Report of the Municipal Commissioner on the plague in Bombay for the year ending 31st May... - Volume 1
Disease focus: Plague
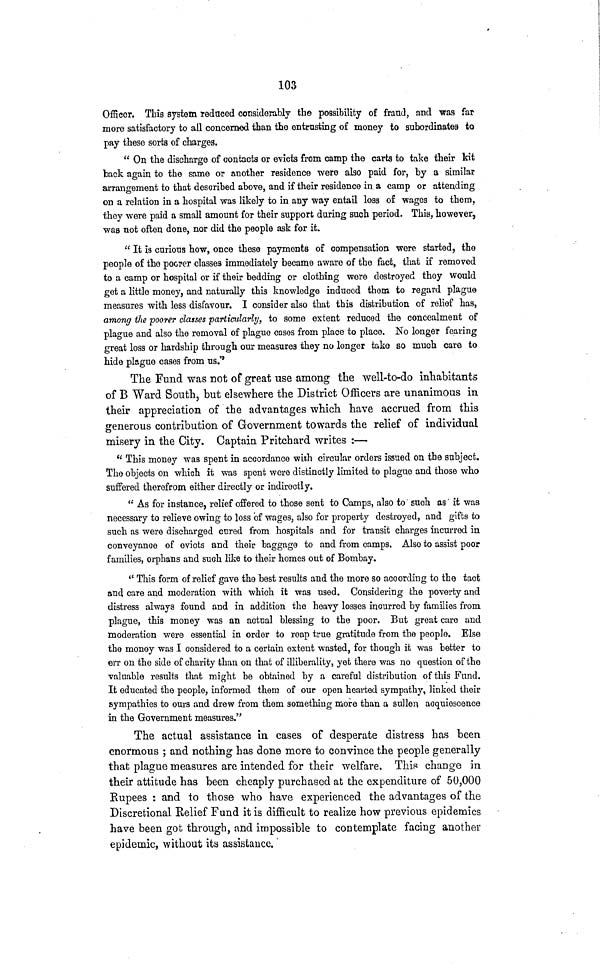
103
Officer. This system reduced considerably the possibility of fraud, and was far
more satisfactory to all concerned than the entrusting of money to subordinates to
pay these sorts of charges.
" On the discharge of contacts or evicts from camp the carts to take their kit
tack again to the same or another residence were also paid for, by a similar
arrangement to that described above, and if their residence in a camp or attending
on a relation in a hospital was likely to in any way entail loss of wages to them,
they were paid a small amount for their support during such period. This, however,
was not often done, nor did the people ask for it.
" It is curious how, once these payments of compensation were started, the
people of the poorer classes immediately became aware of the fact, that if removed
to a camp or hospital or if their bedding or clothing were destroyed they would
get a little money, and naturally this knowledge induced them to regard plague
measures with less disfavour. I consider also that this distribution of relief has,
among the poorer classes particularly, to some extent reduced the concealment of
plague and also the removal of plague cases from place to place. No longer fearing
great loss or hardship through our measures they no longer take so much care to
hide plague cases from us.'
The Fund was not of great use among the well-to-do inhabitants
of B Ward South, but elsewhere the District Officers are unanimous in
their appreciation of the advantages which have accrued from this
generous contribution of Government towards the relief of individual
misery in the City. Captain Pritchard writes :—
" This money vras spent in accordance with circular orders issued on the subject.
The objects on which it was spent were distinctly limited to plague and those who
suffered therefrom either directly or indirectly.
" As for instance, relief offered to those sent to Camps, also to such as it was
necessary to relieve owing to loss of wages, also for property destroyed, and gifts to
such as were discharged cured from hospitals and for transit charges incurred in
conveyance of evicts and their baggage to and from camps. Also to assist poor
families, orphans and suoh like to their homes out of Bombay.
" This form of relief gave the best results and the more so according to the tact
and care and moderation with which it was used. Considering the poverty and
distress always found and in addition the heavy losses incurred by families from,
plague, this money was an actual blessing to the poor. But great care and
moderation were essential in order to reap true gratitude from the people. Else
the money was I considered to a certain extent wasted, for though it was better to
err on the side of charity than on that of illiberality, yet there was no question of the
valuable results that might be obtained by a careful distribution of this Fund.
It educated the people, informed them of our open hearted sympathy, linked their
sympathies to ours and drew from them something more than a sullen acquiescence
in the Government measures."
The actual assistance in cases of desperate distress has been
enormous ; and nothing has done more to convince the people generally
that plague measures are intended for their welfare. This change in
their attitude has been cheaply purchased at the expenditure of 50,000
Rupees : and to those who have experienced the advantages of the
Discretional Relief Fund it is difficult to realize how previous epidemics
have been got through, and impossible to contemplate facing another
epidemic, without ita assistance.